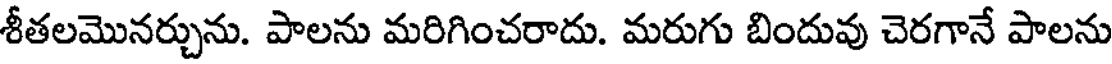
శీతలమొనర్చును. పాలను మరిగించరాదు. మరుగు బిందువు చెరగానే పాలను